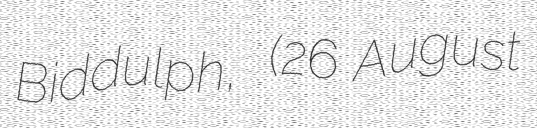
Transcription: Biddulph,  (26 August